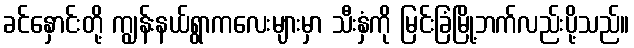
ခင်နှောင်းတို့ ကျွန်းနယ်ရွာကလေးများမှာ သီးနှံကို မြင်းခြံမြို့ဘက်လည်းပို့သည်။